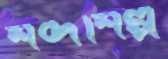
শব্দশিল্প